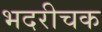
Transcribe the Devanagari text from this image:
भदरीचक